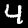
Digit: 4